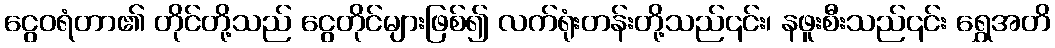
ငွေဝရံတာ၏ တိုင်တို့သည် ငွေတိုင်များဖြစ်၍ လက်ရုံးတန်းတို့သည်၎င်း၊ နဖူးစီးသည်၎င်း ရွှေအတိ